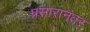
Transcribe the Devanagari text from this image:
प्रसारानंतर